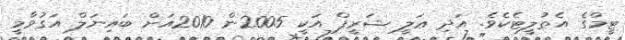
ޓީމްގެ އެތުލީޓެކެވެ. އަދި ޢަލީ ޝަރީފް އަކީ 2005ން 2010އަށް ބައިނަލް އަގުވާމީ